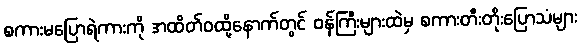
စကားမပြောရဲကားကို အထိတ်ဝထို့နောက်တွင် ဝန်ကြီးများထဲမှ စကားတီးတိုးပြောသံများ